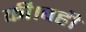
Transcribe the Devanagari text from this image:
की।वहीं